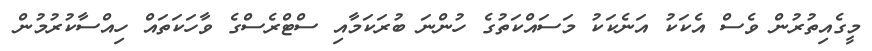
މީގެއިތުރުން ވެސް އެކަކު އަނެކަކު މަސައްކަތުގެ ހުންނަ ބުރަކަމާއި ސްޓްރެސްގެ ވާހަކަތައް ހިއްސާކުރުމުން